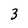
Character: 3